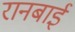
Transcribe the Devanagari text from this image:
रानबाई